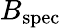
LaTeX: B_{\mathrm{spec}}